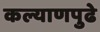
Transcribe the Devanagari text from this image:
कल्याणपुढे